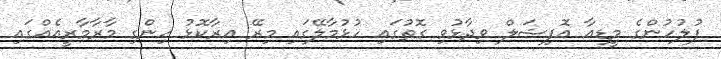
ފުލުހުންގެ މީޑިއާ އޮފިޝަލް ވިދާޅުވި ގޮތުގައި ހުޅުމާލޭގައި މިރޭ އިރާކޮޅު ހިންގި މާރާމާރީއެއްގައި